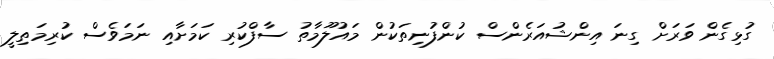
ގުޅިގެން ވަރަށް ގިނަ އިންޝުއަރެންސް ކުންފުނިތަކުން މައުލޫމާތު ސާފްކުރި ކަމަށާއި ނަމަވެސް ކުރިމަތިލީ